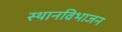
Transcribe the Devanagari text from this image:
स्थानविभाजन